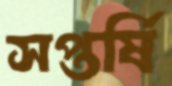
সপ্তর্ষি